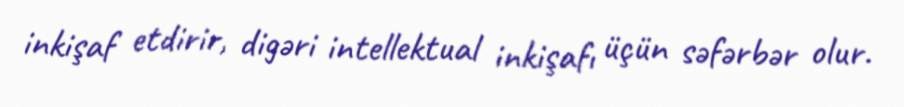
inkişaf etdirir, digəri intellektual inkişafı üçün səfərbər olur.